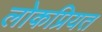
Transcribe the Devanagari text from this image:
लोकप्रियत